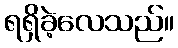
ရရှိခဲ့လေသည်။